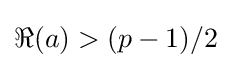
\Re (a)>(p-1)/2